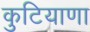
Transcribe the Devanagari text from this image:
कुटियाणा